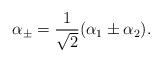
LaTeX: \begin{align*}\alpha_{\pm} = {1\over \sqrt2}(\alpha_1 \pm \alpha_2).\end{align*}